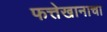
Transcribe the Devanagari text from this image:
फत्तेखानाचा